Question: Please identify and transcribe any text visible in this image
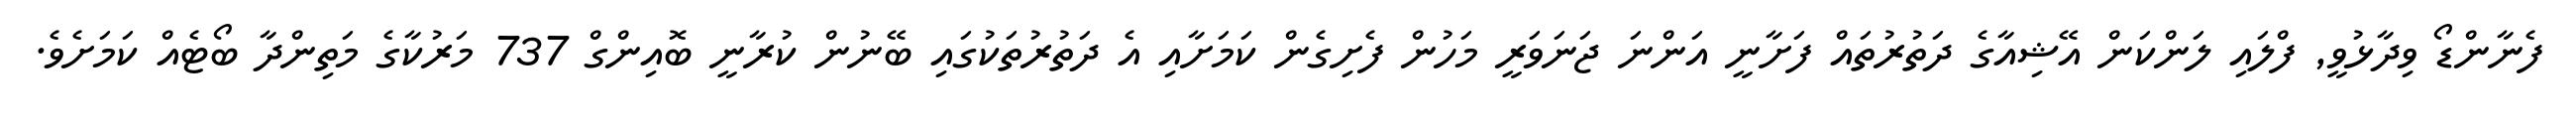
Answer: ފެނާންޑޯ ވިދާޅުވީ, ފްލައި ލަންކަން އޭޝިއާގެ ދަތުރުތައް ފަށާނީ އަންނަ ޖަނަވަރީ މަހުން ފެށިގެން ކަމަށާއި އެ ދަތުރުތަކުގައި ބޭނުން ކުރާނީ ބޮއިންގް 737 މަރުކާގެ މަތިންދާ ބޯޓެއް ކަމަށެވެ.